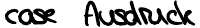
case Ausdruck